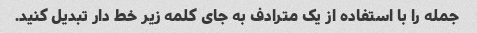
جمله را با استفاده از یک مترادف به جای کلمه زیر خط دار تبدیل کنید.